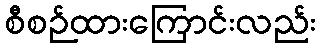
စီစဉ်ထားကြောင်းလည်း